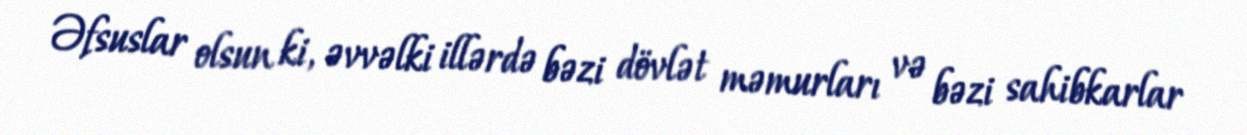
Əfsuslar olsun ki, əvvəlki illərdə bəzi dövlət məmurları və bəzi sahibkarlar